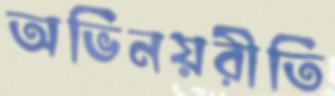
অভিনয়রীতি